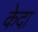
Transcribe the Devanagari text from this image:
केदा